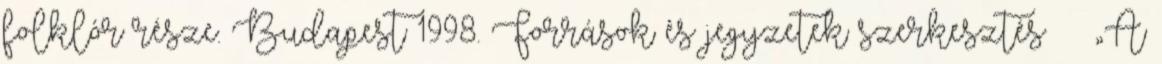
folklór része. Budapest 1998. Források és jegyzetek szerkesztés ↑ „A